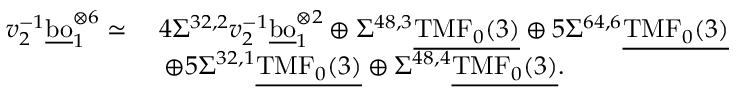
\begin{array} { r l } { v _ { 2 } ^ { - 1 } \underline { { \mathrm { b o } } } _ { 1 } ^ { \otimes { 6 } } \simeq \: } & { 4 \Sigma ^ { 3 2 , 2 } v _ { 2 } ^ { - 1 } \underline { { \mathrm { b o } } } _ { 1 } ^ { \otimes { 2 } } \oplus \Sigma ^ { 4 8 , 3 } \underline { { \mathrm { T M F } _ { 0 } ( 3 ) } } \oplus 5 \Sigma ^ { 6 4 , 6 } \underline { { \mathrm { T M F } _ { 0 } ( 3 ) } } } \\ & { \: \oplus 5 \Sigma ^ { 3 2 , 1 } \underline { { \mathrm { T M F } _ { 0 } ( 3 ) } } \oplus \Sigma ^ { 4 8 , 4 } \underline { { \mathrm { T M F } _ { 0 } ( 3 ) } } . } \end{array}